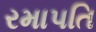
રમાપતિ